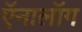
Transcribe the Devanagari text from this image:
ऍनालॉग